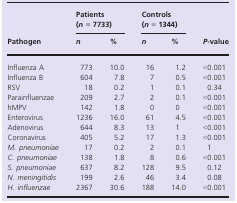
| <ROWSPAN=2> Pathogen | <COLSPAN=2> Patients (n = 7733) | <COLSPAN=2> Controls (n = 1344) | <ROWSPAN=2> P-value |
 | n | % | n | % |
 | --- | --- | --- | --- | --- | --- |
 | Influenza A | 773 | 10.0 | 16 | 1.2 | <0.001 |
 | Influenza B | 604 | 7.8 | 7 | 0.5 | <0.001 |
 | RSV | 18 | 0.2 | 1 | 0.1 | 0.34 |
 | Parainfluenzae | 209 | 2.7 | 2 | 0.1 | <0.001 |
 | hMPV | 142 | 1.8 | 0 | 0 | <0.001 |
 | Enterovirus | 1236 | 16.0 | 61 | 4.5 | <0.001 |
 | Adenovirus | 644 | 8.3 | 13 | 1 | <0.001 |
 | Coronavirus | 405 | 5.2 | 17 | 1.3 | <0.001 |
 | M. pneumoniae | 17 | 0.2 | 2 | 0.1 | 1 |
 | C. pneumoniae | 138 | 1.8 | 8 | 0.6 | <0.001 |
 | S. pneumoniae | 637 | 8.2 | 128 | 9.5 | 0.12 |
 | N. meningitidis | 199 | 2.6 | 46 | 3.4 | 0.08 |
 | H. influenzae | 2367 | 30.6 | 188 | 14.0 | <0.001 |